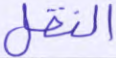
النقل